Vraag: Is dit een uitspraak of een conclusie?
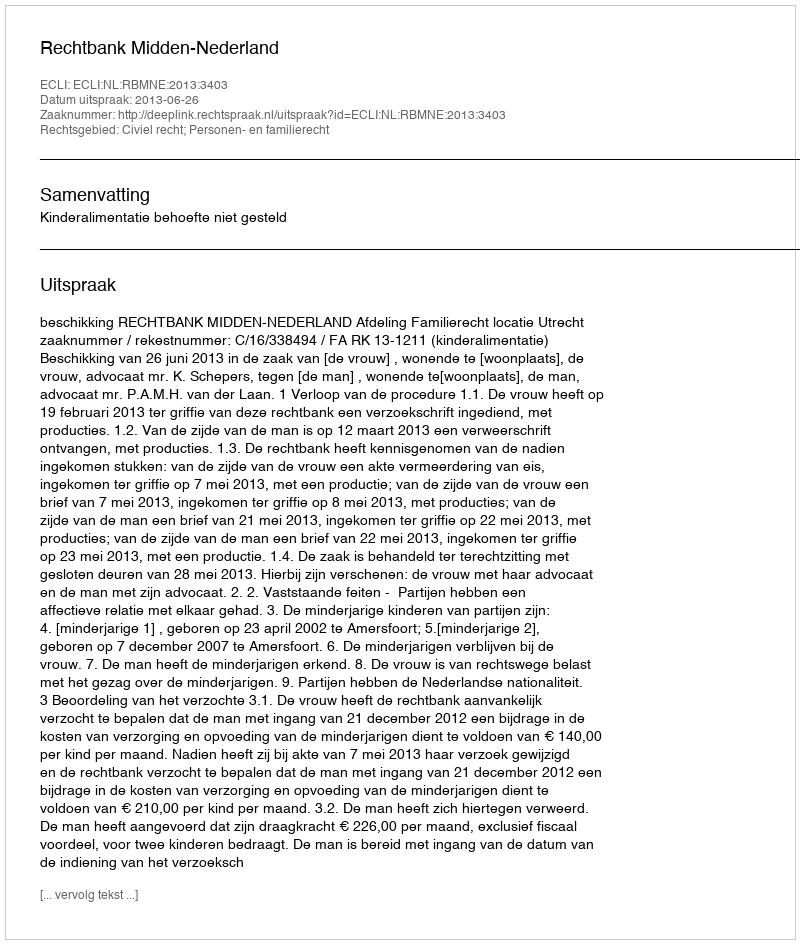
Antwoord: Uitspraak